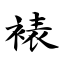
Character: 裱